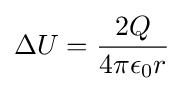
\Delta U={\frac {2Q}{4\pi \epsilon _{0}r}}